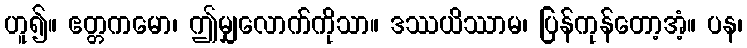
ဟူ၍။ ဧတ္တကမော၊ ဤမျှလောက်ကိုသာ။ ဒဿယိဿာမ၊ ပြန်ကုန်တော့အံ့။ ပန၊